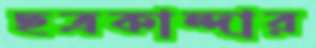
ছত্রকান্দার